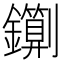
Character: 䥷